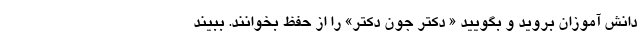
دانش آموزان بروید و بگویید « دکتر جون دکتر» را از حفظ بخوانند. ببیند